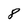
Character: 8